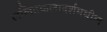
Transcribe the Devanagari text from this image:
ललितकलादर्शमधील